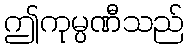
ဤကုမ္ပဏီသည်